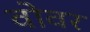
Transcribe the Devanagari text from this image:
वोवर